Indian journal of veterinary science and animal husbandry - Volume 12,
Year: 1942
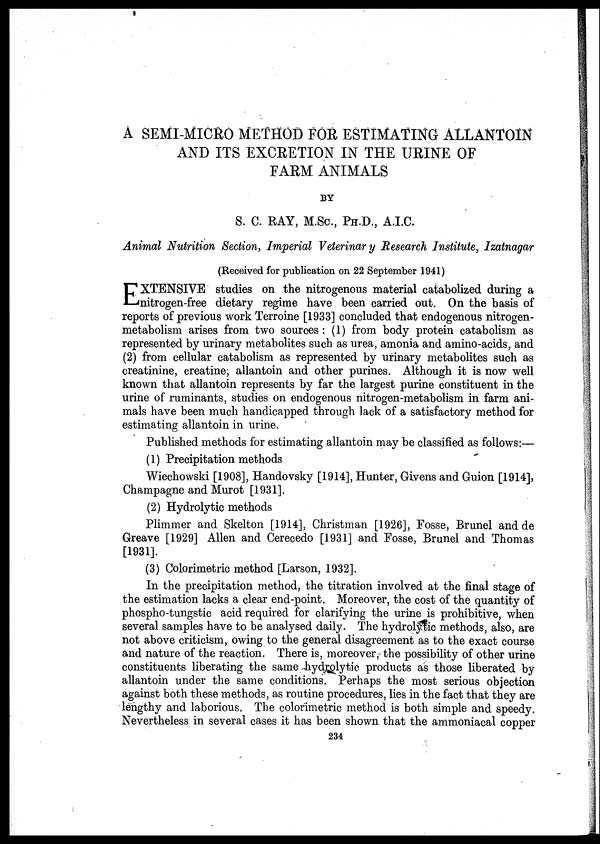
A SEMI-MICRO METHOD FOR ESTIMATING ALLANTOIN
AND ITS EXCRETION IN THE URINE OF
FARM ANIMALS
BY
S. C. RAY, M.Sc., PH.D., A.I.C.
Animal Nutrition Section, Imperial Veterinary Research Institute, Izatnagar
(Received for publication on 22 September 1941)
E XTENSIVE studies on the nitrogenous material catabolized during a
nitrogen-free dietary regime have been carried out. On the basis of
reports of previous work Terroine [1933] concluded that endogenous nitrogen-
metabolism arises from two sources : (1) from body protein catabolism as
represented by urinary metabolites such as urea, amonia and amino-acids, and
(2) from cellular catabolism as represented by urinary metabolites such as
creatinine, creatine, allantoin and other purines. Although it is now well
known that allantoin represents by far the largest purine constituent in the
urine of ruminants, studies on endogenous nitrogen-metabolism in farm ani-
mals have been much handicapped through lack of a satisfactory method for
estimating allantoin in urine.
Published methods for estimating allantoin may be classified as follows:—
(1) Precipitation methods
Wiechowski [1908], Handovsky [1914], Hunter, Givens and Guion [1914],
Champagne and Murot [1931].
(2) Hydrolytic methods
Plimmer and Skelton [1914], Christman [1926], Fosse, Brunel and de
Greave [1929] Allen and Cerecedo [1931] and Fosse, Brunel and Thomas
[1931].
(3) Colorimetric method [Larson, 1932].
In the precipitation method, the titration involved at the final stage of
the estimation lacks a clear end-point. Moreover, the cost of the quantity of
phospho-tungstic acid required for clarifying the urine is prohibitive, when
several samples have to be analysed daily. The hydrolytic methods, also, are
not above criticism, owing to the general disagreement as to the exact course
and nature of the reaction. There is, moreover, the possibility of other urine
constituents liberating the same hydrolytic products as those liberated by
allantoin under the same conditions. Perhaps the most serious objection
against both these methods, as routine procedures, lies in the fact that they are
lengthy and laborious. The colorimetric method is both simple and speedy.
Nevertheless in several cases it has been shown that the ammoniacal copper
234